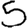
Digit: 5